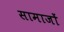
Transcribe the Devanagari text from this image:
सामाजों